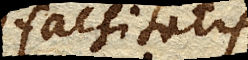
falsitatis